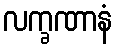
လက္ခဏာနံ